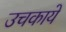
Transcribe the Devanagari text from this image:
उचकाये